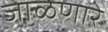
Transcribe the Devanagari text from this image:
जाळणारे